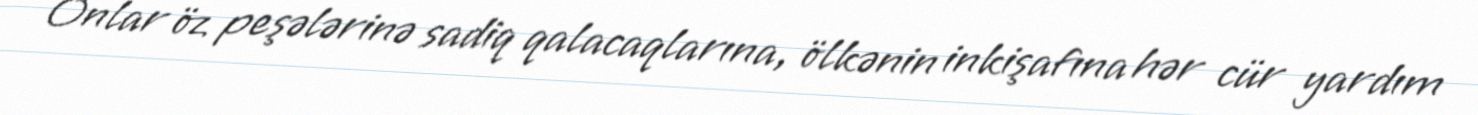
Onlar öz peşələrinə sadiq qalacaqlarına, ölkənin inkişafına hər cür yardım